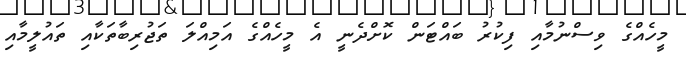
މީހެއްގެ ވިސްނުމާއި ފިކުރު ބައްޓަން ކޮށްދެނީ އެ މީހެއްގެ އަމިއްލަ ތަޖުރިބާތަކާއި ތައުލީމާއި